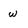
Character: w